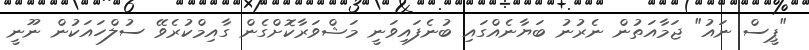
"ޕީސް ނައު" ޖަމާއަތުން ނެރުނު ބަޔާނެއްގައި ބުނެފައިވަނީ މަޝްވަރާކޮށްގެން ގާއިމްކުރެވޭ ސުލްހައަކުން ނޫނީ